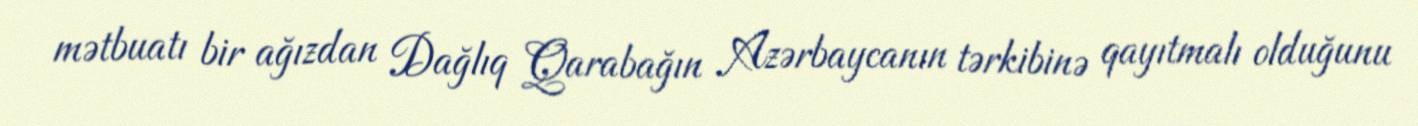
mətbuatı bir ağızdan Dağlıq Qarabağın Azərbaycanın tərkibinə qayıtmalı olduğunu